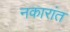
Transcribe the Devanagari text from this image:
नकारांत